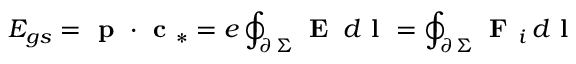
E _ { g s } = \textbf { p } \cdot \textbf { c } _ { * } = e \oint _ { \scriptstyle \partial \, \Sigma } \textbf { E } \, d \textbf { l } = \oint _ { \scriptstyle \partial \, \Sigma } \textbf { F } _ { i } \, d \textbf { l }